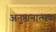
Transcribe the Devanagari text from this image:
अनुष्ठानात्मक